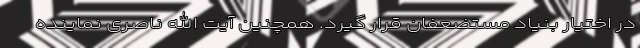
در اختیار بنیاد مستضعفان قرار گیرد. همچنین آیت الله ناصری نماینده